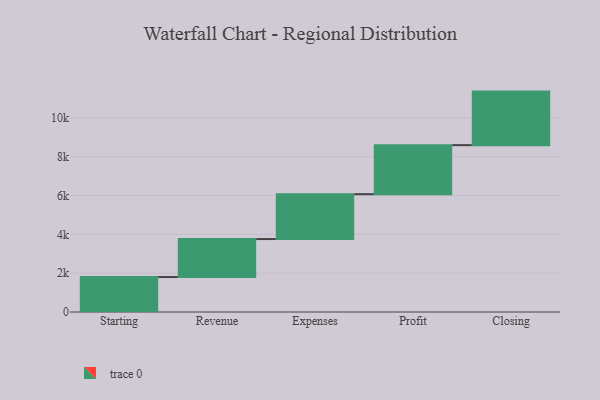
{"axis": {"x": "Step", "y": "Value"}, "legend": [""], "data": [{"x": "Starting", "y": 1802.0, "type": ""}, {"x": "Revenue", "y": 1958.0, "type": ""}, {"x": "Expenses", "y": 2312.0, "type": ""}, {"x": "Profit", "y": 2527.0, "type": ""}, {"x": "Closing", "y": 2760.0, "type": ""}]}